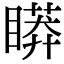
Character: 䁳